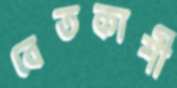
বেতকাশী